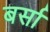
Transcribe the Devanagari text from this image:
बर्सा